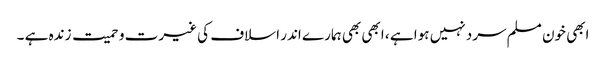
ابھی خون مسلم سرد نہیں ہوا ہے ، ابھی بھی ہمارے اندر اسلاف کی غیرت و حمیت زندہ ہے ۔